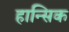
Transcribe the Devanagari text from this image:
हान्सिक